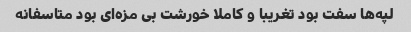
لپه‌ها سفت بود تغریبا و کاملا خورشت بی مزه‌ای بود متاسفانه